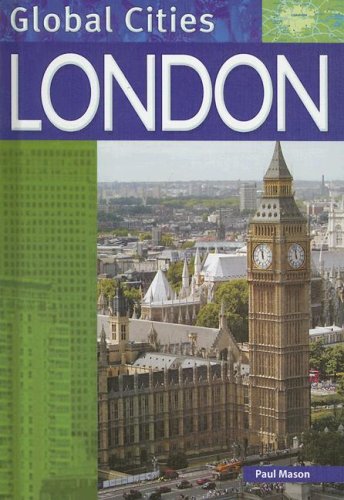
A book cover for London (Global Cities); Rob Bowden; Teen & Young Adult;